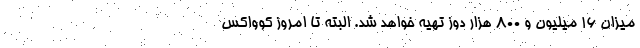
میزان ۱۶ میلیون و ۸۰۰ هزار دوز تهیه خواهد شد. البته تا امروز کوواکس